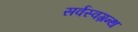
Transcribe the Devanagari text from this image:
सर्वस्वग्रन्थ